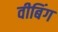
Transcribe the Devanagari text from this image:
वीबिंग